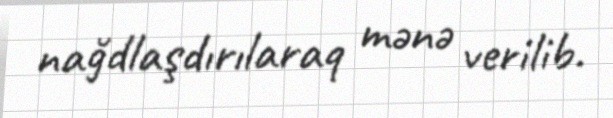
nağdlaşdırılaraq mənə verilib.